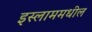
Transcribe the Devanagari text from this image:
इस्लाममधील